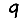
Digit: 9